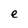
Character: e